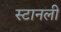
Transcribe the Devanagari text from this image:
स्टानली